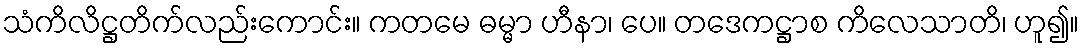
သံကိလိဋ္ဌတိက်လည်းကောင်း။ ကတမေ ဓမ္မာ ဟီနာ၊ ပေ။ တဒေကဋ္ဌာစ ကိလေသာတိ၊ ဟူ၍။